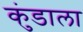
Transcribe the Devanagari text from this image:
कुंडाला